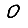
Digit: 0